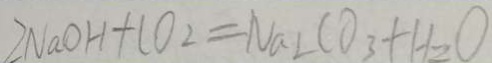
2 N a O H + C O _ { 2 } = N a _ { 2 } C O _ { 3 } + H _ { 2 } O